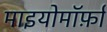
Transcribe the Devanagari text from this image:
माइयोमॉर्फ़ा